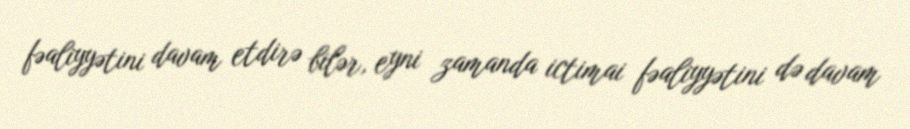
fəaliyyətini davam etdirə bilər, eyni zamanda ictimai fəaliyyətini də davam